Lunatic asylums in Bengal annual reports 1899-1911 - 1899-1911
Year: 1899
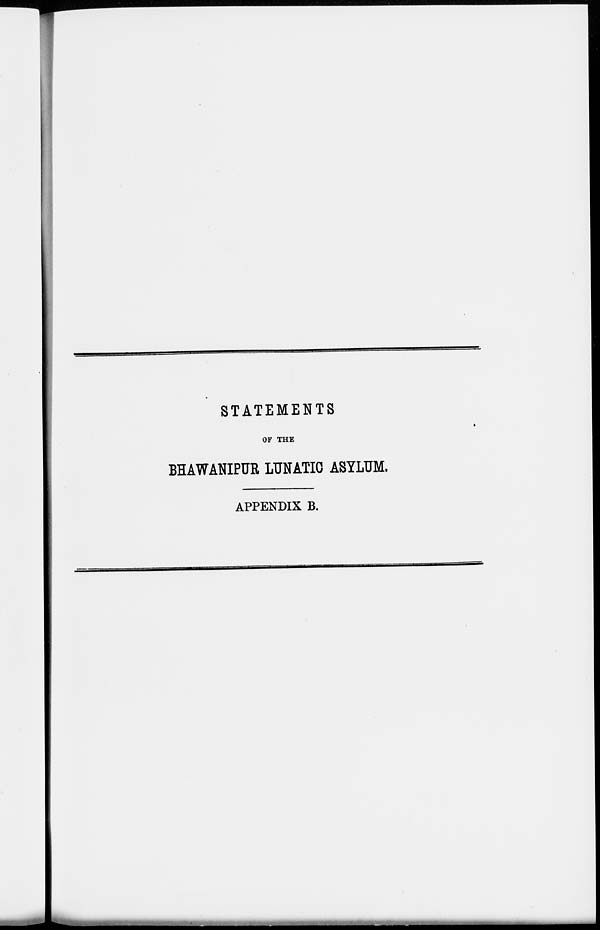
STATEMENTS
OF THE
BHAWANIPUR LUNATIC ASYLUM.
APPENDIX B.